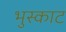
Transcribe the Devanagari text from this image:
भुस्काट